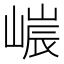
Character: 𡻌